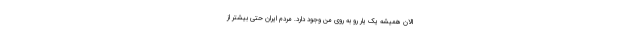
الان همیشه یک یار رو به روی من وجود دارد. مردم ایران حتی بیشتر از